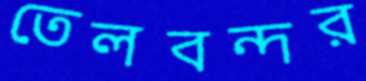
তেলবন্দর